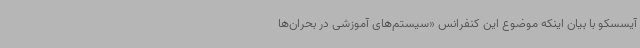
آیسسکو با بیان اینکه موضوع این کنفرانس «سیستم‌های آموزشی در بحران‌ها